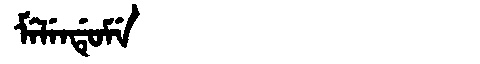
Manchu: ᠮᡝᠯᡝᠨᡩᡠᠮᡝ
Romanization: MELENDUME